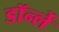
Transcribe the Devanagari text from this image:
डॉर्न्ले